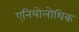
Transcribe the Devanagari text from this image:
एनियोलोथिक